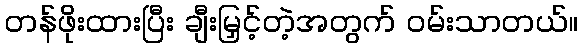
တန်ဖိုးထားပြီး ချီးမြှင့်တဲ့အတွက် ဝမ်းသာတယ်။